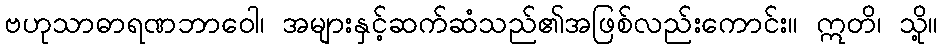
ဗဟုသာဓာရဏဘာဝေါ၊ အများနှင့်ဆက်ဆံသည်၏အဖြစ်လည်းကောင်း။ ဣတိ၊ သို့။